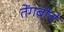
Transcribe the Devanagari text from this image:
तेंगबोचे